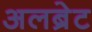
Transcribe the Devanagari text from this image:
अलब्रेट